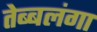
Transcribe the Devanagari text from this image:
तेब्बलंगा